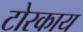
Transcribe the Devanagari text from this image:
टोरकाय